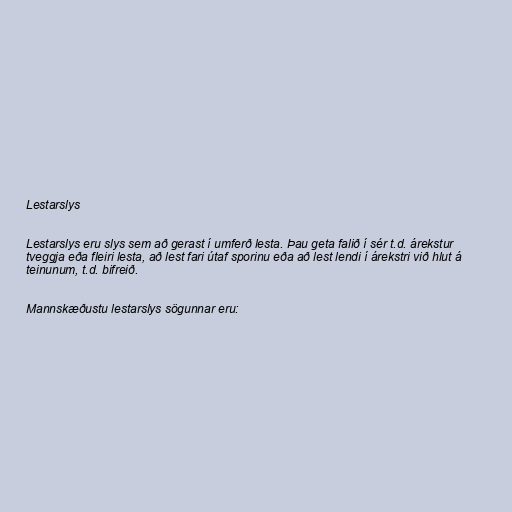
Lestarslys

Lestarslys eru slys sem að gerast í umferð lesta. Þau geta falið í sér t.d. árekstur
tveggja eða fleiri lesta, að lest fari útaf sporinu eða að lest lendi í árekstri við hlut á
teinunum, t.d. bifreið.

Mannskæðustu lestarslys sögunnar eru: